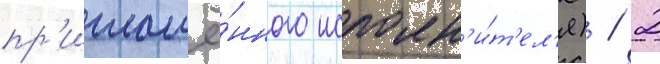
пр'иглашё́нного исполн'и́т'ел'я) / 2